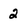
Character: 2